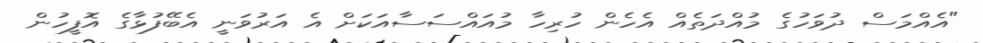
"އެއްމަސް ދުވަހުގެ މުއްދަތެއް އެހެން ހުރިހާ މުއައްސަސާއަކަށް އެ އަރުވަނީ އެބޭފުޅާގެ އޮފީހުން